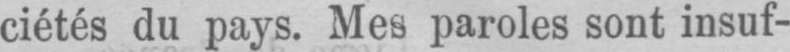
ciétés du pays. Mes paroles sont insuf-